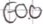
Text: E0.0